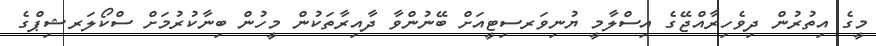
މީގެ އިތުރުން ދިވެހިރާއްޖޭގެ އިސްލާމީ ޔުނިވަރސިޓީއަށް ބޭނުންވާ ދާއިރާތަކުން މީހުން ބިނާކުރުމަށް ސްކޯލަރޝިޕްގެ